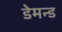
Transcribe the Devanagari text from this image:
डेमन्ड